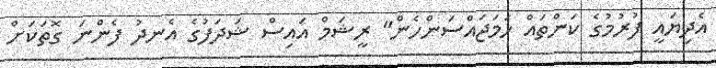
އެދިޔައީ ފުރުމުގެ ކަންތައް ހަމަޖައްސަންހެން" ރީޝަމް އައިސް ޝަދަފުގެ އެނދު ފެންނަ ގޮތަކަށް